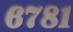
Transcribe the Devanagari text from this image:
६७८१